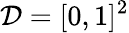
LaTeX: \mathcal{D}=[0,1]^{2}